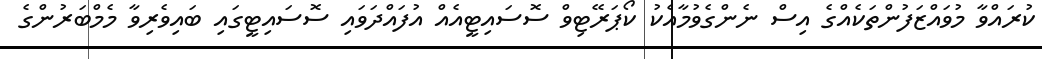
ކުރައްވާ މުވައްޒަފުންތަކެއްގެ އިސް ނެންގެވުމާއެކު ކޯޕަރޭޓިވް ސޮސައިޓީއެއް އުފައްދަވައި ސޮސައިޓީގައި ބައިވެރިވާ މެމްބަރުންގެ